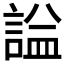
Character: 𧨦